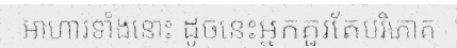
អាហារទាំងនោះ ដូចនេះអ្នកគួរតែបរិភោគ